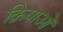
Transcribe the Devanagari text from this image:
क्रियाओँ